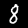
Digit: 8